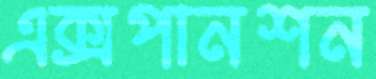
এক্সপানশন